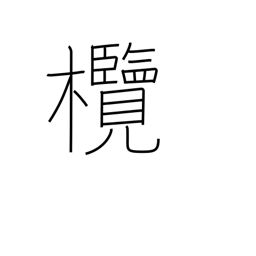
Meaning: Chinese olive tree